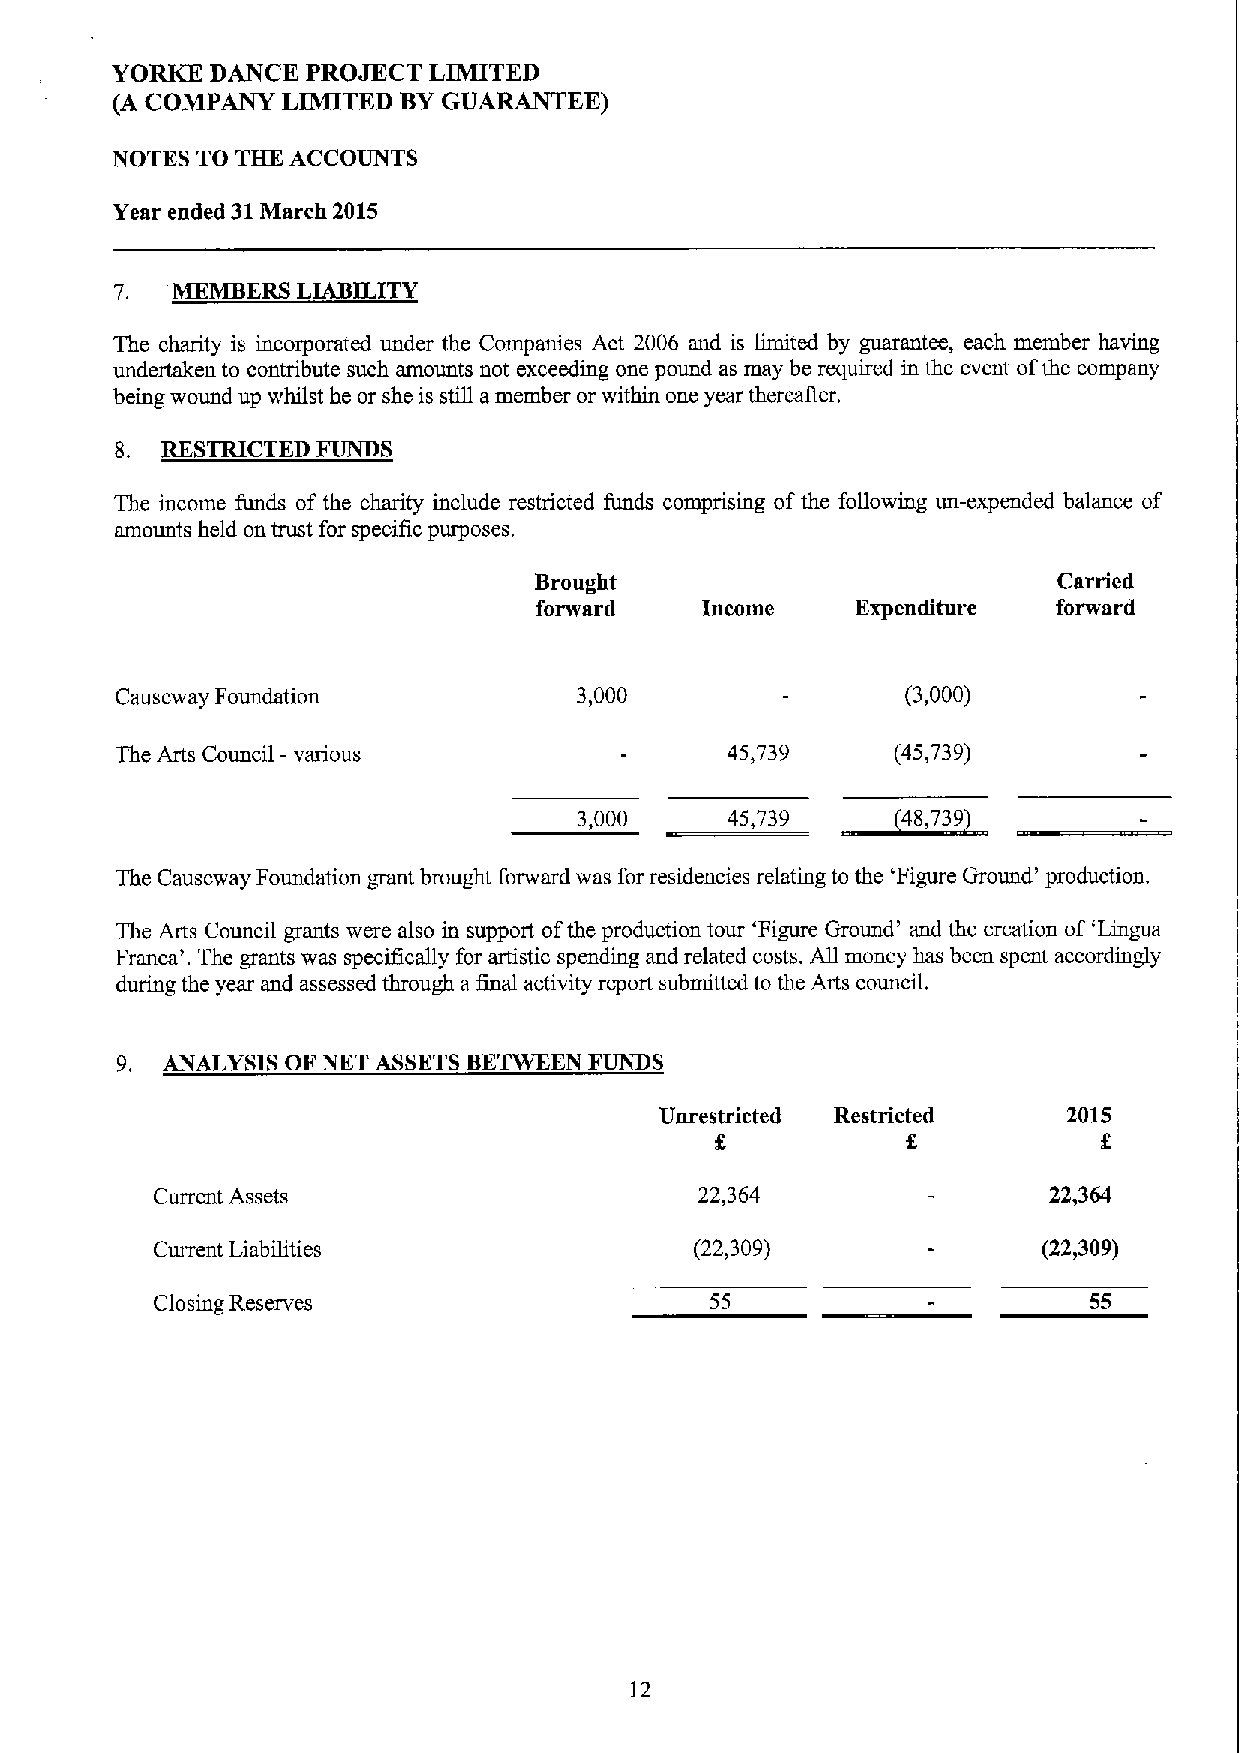
YORKE  DANCE PROJECT LIMITED
 GU~EE)
 (A COMPANY  LIMITED BY
 NOTES TO THE ACCOUNTS
 Year ended 31March 2015
 7. MEMBERS  LIABILITY
 The charity is incorporated under the Companies Act 2006 and is limited by guarantee, each member having
 undertaken to contribute such amounts not exceeding one pound as may be required in the event ofthe company
 being wound up whilst he or she is still amember or within one year thereafier.
 g. RESTRICTED FUNDS
 The income funds of the charity include restricted funds comprising ofthe following un-expended balance of
 amounts held on trust for specific purposes.
 Brought                            Carried
 forward    Income     Expenditure  forward
 Causeway Foundation           3,000                 (3,000)
 The Arts Council -various               45,739     (45,739)
 ~48,
 3,000     43,739        739
 The Causeway Foundation grant brought forward was for residencies relating to the 'Figure Ground' production.
 The Arts Council grants were also in support ofthe production tour 'Figure Ground' and the creation of 'Lingua
 Franca'. The grants was specifically for artistic spending and related costs. All money has been spent accordingly
 during the year and assessed through a final activity report submitted to the Arts council,
 9. ANALYSIS OF NKT ASSETSBETWEEN FUNDS
 Unrestricted Restricted    2015
 g
 Current Assets                      22,364                 22,364
 Current Liabilities                 (22,309)               (22,309)
 Closing Reserves                     55                       55
 12